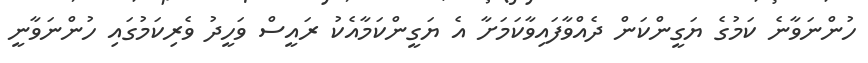
ހުންނަވާނެ ކަމުގެ ޔަގީންކަން ދެއްވާފައިވާކަމަށާ އެ ޔަގީންކަމާއެކު ރައީސް ވަހީދު ވެރިކަމުގައި ހުންނަވާނީ